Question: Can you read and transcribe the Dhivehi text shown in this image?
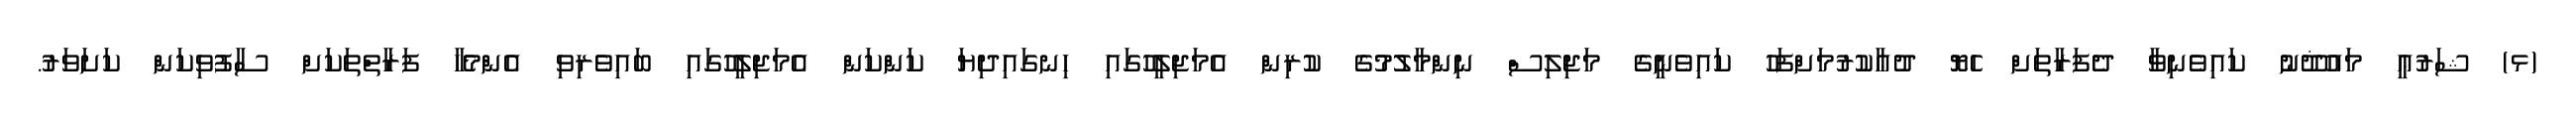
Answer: (ޅ) ޝަރުޢީ މައުޛޫނު ކައިވެނިވާ ދެފަރާތަށް ހެޔޮ ދުޢާކުރުމަށްފަހު ކައިވެނީގެ މަޖިލިސް ނިންމާލުމުގެ ކުރިން އެމަޖިލީހުގައި ހިނގައިދިޔަ ކަންކަން އެމަޖިލީހުގައި ބައިވެރިވި އެންމެހާ ފަރާތްތަކަށް ސާފުވިކަން ކަށަވަރު.